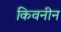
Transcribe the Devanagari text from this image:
किवनीन